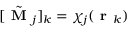
[ \tilde { \textbf { M } } _ { j } ] _ { k } = \chi _ { j } ( \textbf { r } _ { k } )